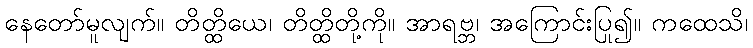
နေတော်မူလျက်။ တိတ္ထိယေ၊ တိတ္ထိတို့ကို။ အာရဗ္ဘ၊ အကြောင်းပြု၍။ ကထေသိ၊